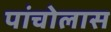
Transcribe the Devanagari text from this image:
पांचोलास